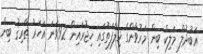
ޢަބުދުލް މަލިކް ބިން މަރުވާންގެ ޚިލާފަތުގައި ހިޖުރައިން 92ވަނަ އަހަރު ޠާރިޤު ބިން